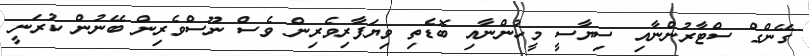
ގޭންގް ސްޓާރުންނާއި ސިޔާސީ މީހުންނާއި ބޮޑެތި ވިޔަފާރިވެރިން ވެސް ނޫސްވެރިން ބޭނުން ކުރަނީ